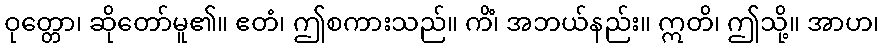
ဝုတ္တော၊ ဆိုတော်မူ၏။ ဧတံ၊ ဤစကားသည်။ ကိံ၊ အဘယ်နည်း။ ဣတိ၊ ဤသို့။ အာဟ၊